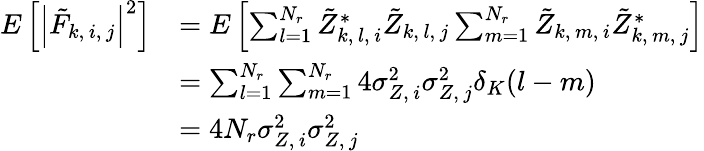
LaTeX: \begin{array}{rl}{E\left[\left|\tilde{F}_{k,\, i,\, j}\right|^{2}\right]}&{=E\left[\sum_{l=1}^{N_{r}}\tilde{Z}_{k,\, l,\, i}^{*}\tilde{Z}_{k,\, l,\, j}\sum_{m=1}^{N_{r}}\tilde{Z}_{k,\, m,\, i}\tilde{Z}_{k,\, m,\, j}^{*}\right]}\\ &{=\sum_{l=1}^{N_{r}}\sum_{m=1}^{N_{r}}4\sigma_{Z,\, i}^{2}\sigma_{Z,\, j}^{2}\delta_{K}(l-m)}\\ &{=4N_{r}\sigma_{Z,\, i}^{2}\sigma_{Z,\, j}^{2}}\end{array}